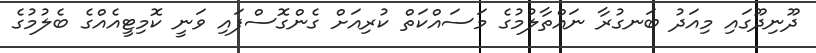
ދޫނިދޫގައި މިއަދު ބަނގުރާ ނައްތާލުމުގެ މަސައްކަތް ކުރިއަށް ގެންގޮސްފައި ވަނީ ކޮމިޓީއެއްގެ ބެލުމުގެ